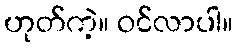
ဟုတ်ကဲ့။ ဝင်လာပါ။